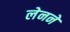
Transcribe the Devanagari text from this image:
लेनने